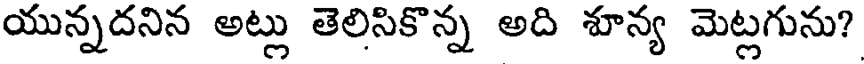
యున్నదనిన అట్లు తెలిసికొన్న అది శూన్య మెట్లగును?